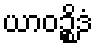
ယာဝဉ္စိဒံ